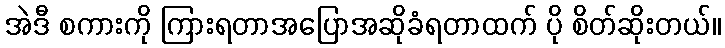
အဲဒီ စကားကို ကြားရတာအပြောအဆိုခံရတာထက် ပို စိတ်ဆိုးတယ်။